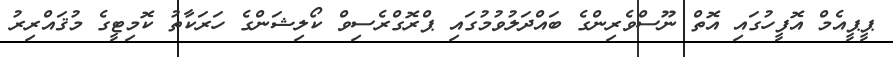
ޕީޕީއެމް އޮފީހުގައި އޮތް ނޫސްވެރިންގެ ބައްދަލުވުމުގައި ޕްރޮގްރެސިވް ކޯލިޝަންގެ ހަރަކާތު ކޮމިޓީގެ މުޤައްރިރު